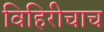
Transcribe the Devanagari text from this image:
विहिरीचाच